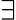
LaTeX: \exists